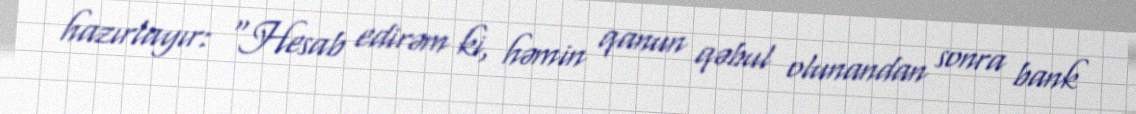
hazırlayır: “Hesab edirəm ki, həmin qanun qəbul olunandan sonra bank